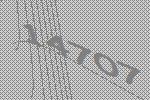
14707